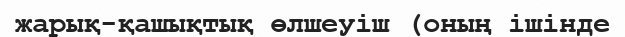
жарық-қашықтық өлшеуіш (оның ішінде